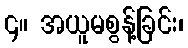
၄။ အယူမစွန့်ခြင်း၊